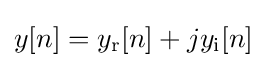
y[n]=y_{\text{r}}[n]+jy_{\text{i}}[n]